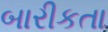
બારીકતા